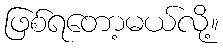
ဖြစ်ရတော့မယ်လို့။